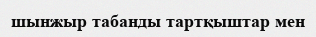
шынжыр табанды тартқыштар мен